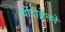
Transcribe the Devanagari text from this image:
ग्योटीङ्गेनने